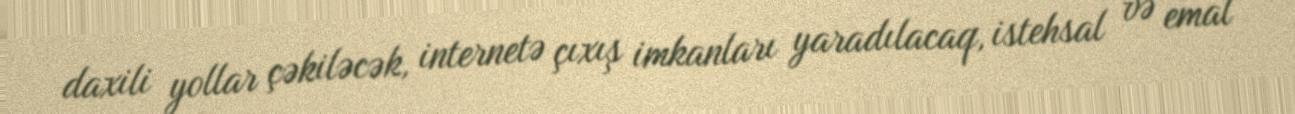
daxili yollar çəkiləcək, internetə çıxış imkanları yaradılacaq, istehsal və emal